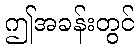
ဤအခန်းတွင်